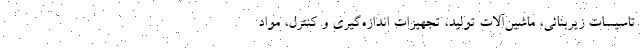
تاسیسات زیربنائی، ماشین­آلات تولید، تجهیزات اندازه­گیری و کنترل، مواد